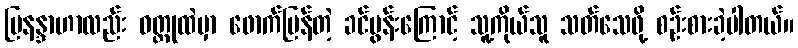
မြနန္ဒာဟာလည်း ဝတ္ထုထဲမှာ ဖောက်ပြန်တဲ့ ခင်ပွန်းကြောင့် သူ့ကိုယ်သူ သတ်သေဖို့ စဉ်းစားခဲ့ပါတယ်။